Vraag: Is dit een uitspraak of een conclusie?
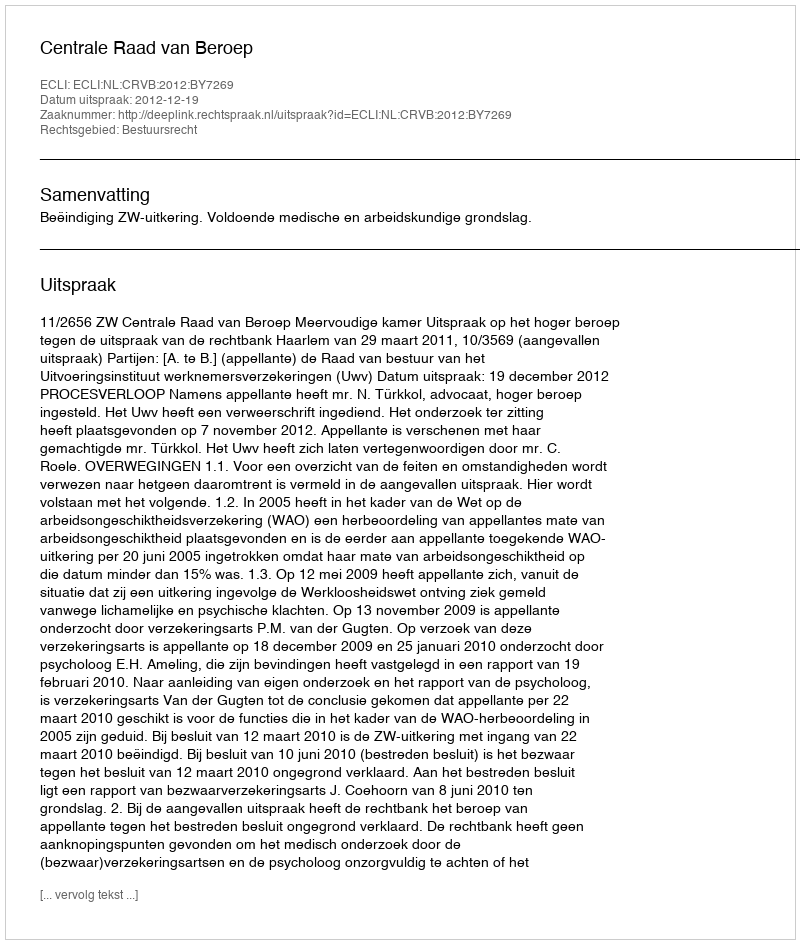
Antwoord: Uitspraak